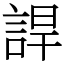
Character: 䛞